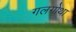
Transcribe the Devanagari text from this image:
गलगोथा